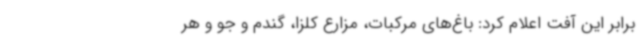
برابر این آفت اعلام کرد: باغ‌های مرکبات، مزارع کلزا، گندم و جو و هر